Senior Leaving Certificate Examination (including Day School Certificate (Higher) General paper), 1949
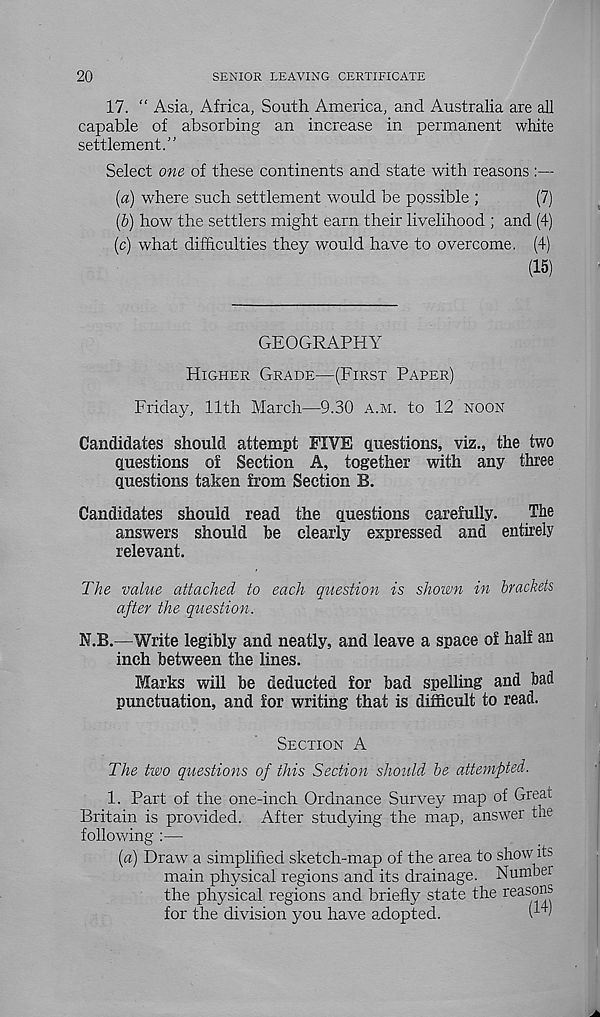
20
SENIOR LEAVING CERTIFICATE
17. “ Asia, Africa, South America, and Australia are all
capable of absorbing an increase in permanent white
settlement.”
Select one of these continents and state with reasons
[a) where such settlement would be possible ;
(7)
{b) how the settlers might earn their livelihood ; and (4)
(c) what difficulties they would have to overcome, (4)
(15)
GEOGRAPHY
HIGHER GRADE—(FIRST PAPER)
Friday, 11th March—9.30 A.M. to 12 NOON
Candidates should attempt FIVE questions, viz., the two
questions of Section A, together with any three
questions taken from Section B.
Candidates should read the questions carefully.
The
answers should be clearly expressed and entirely
relevant.
The value attached to each question is shown in brackets
after the question.
N.B.—Write legibly and neatly, and leave a space of half an
inch between the lines.
Marks will be deducted for bad spelling and bad
punctuation, and for writing that is difficult to read.
SECTION A
The two questions of this Section should be attempted.
1. Part of the one-inch Ordnance Survey map of Great
Britain is provided. After studying the map, answer hie
following :—
[a) Draw a simplified sketch-map of the area to show its
main physical regions and its drainage. Numbei
the physical regions and briefly state the reas< ?*!?
for the division you have adopted.